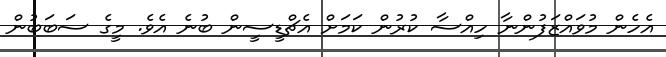
އެހެން މުވައްޒަފުންނާ ހިއްސާ ކުރުން ކަމަށް އެޗްޑީސީން ބުނެ އެވެ. މީގެ ސަބަބުން